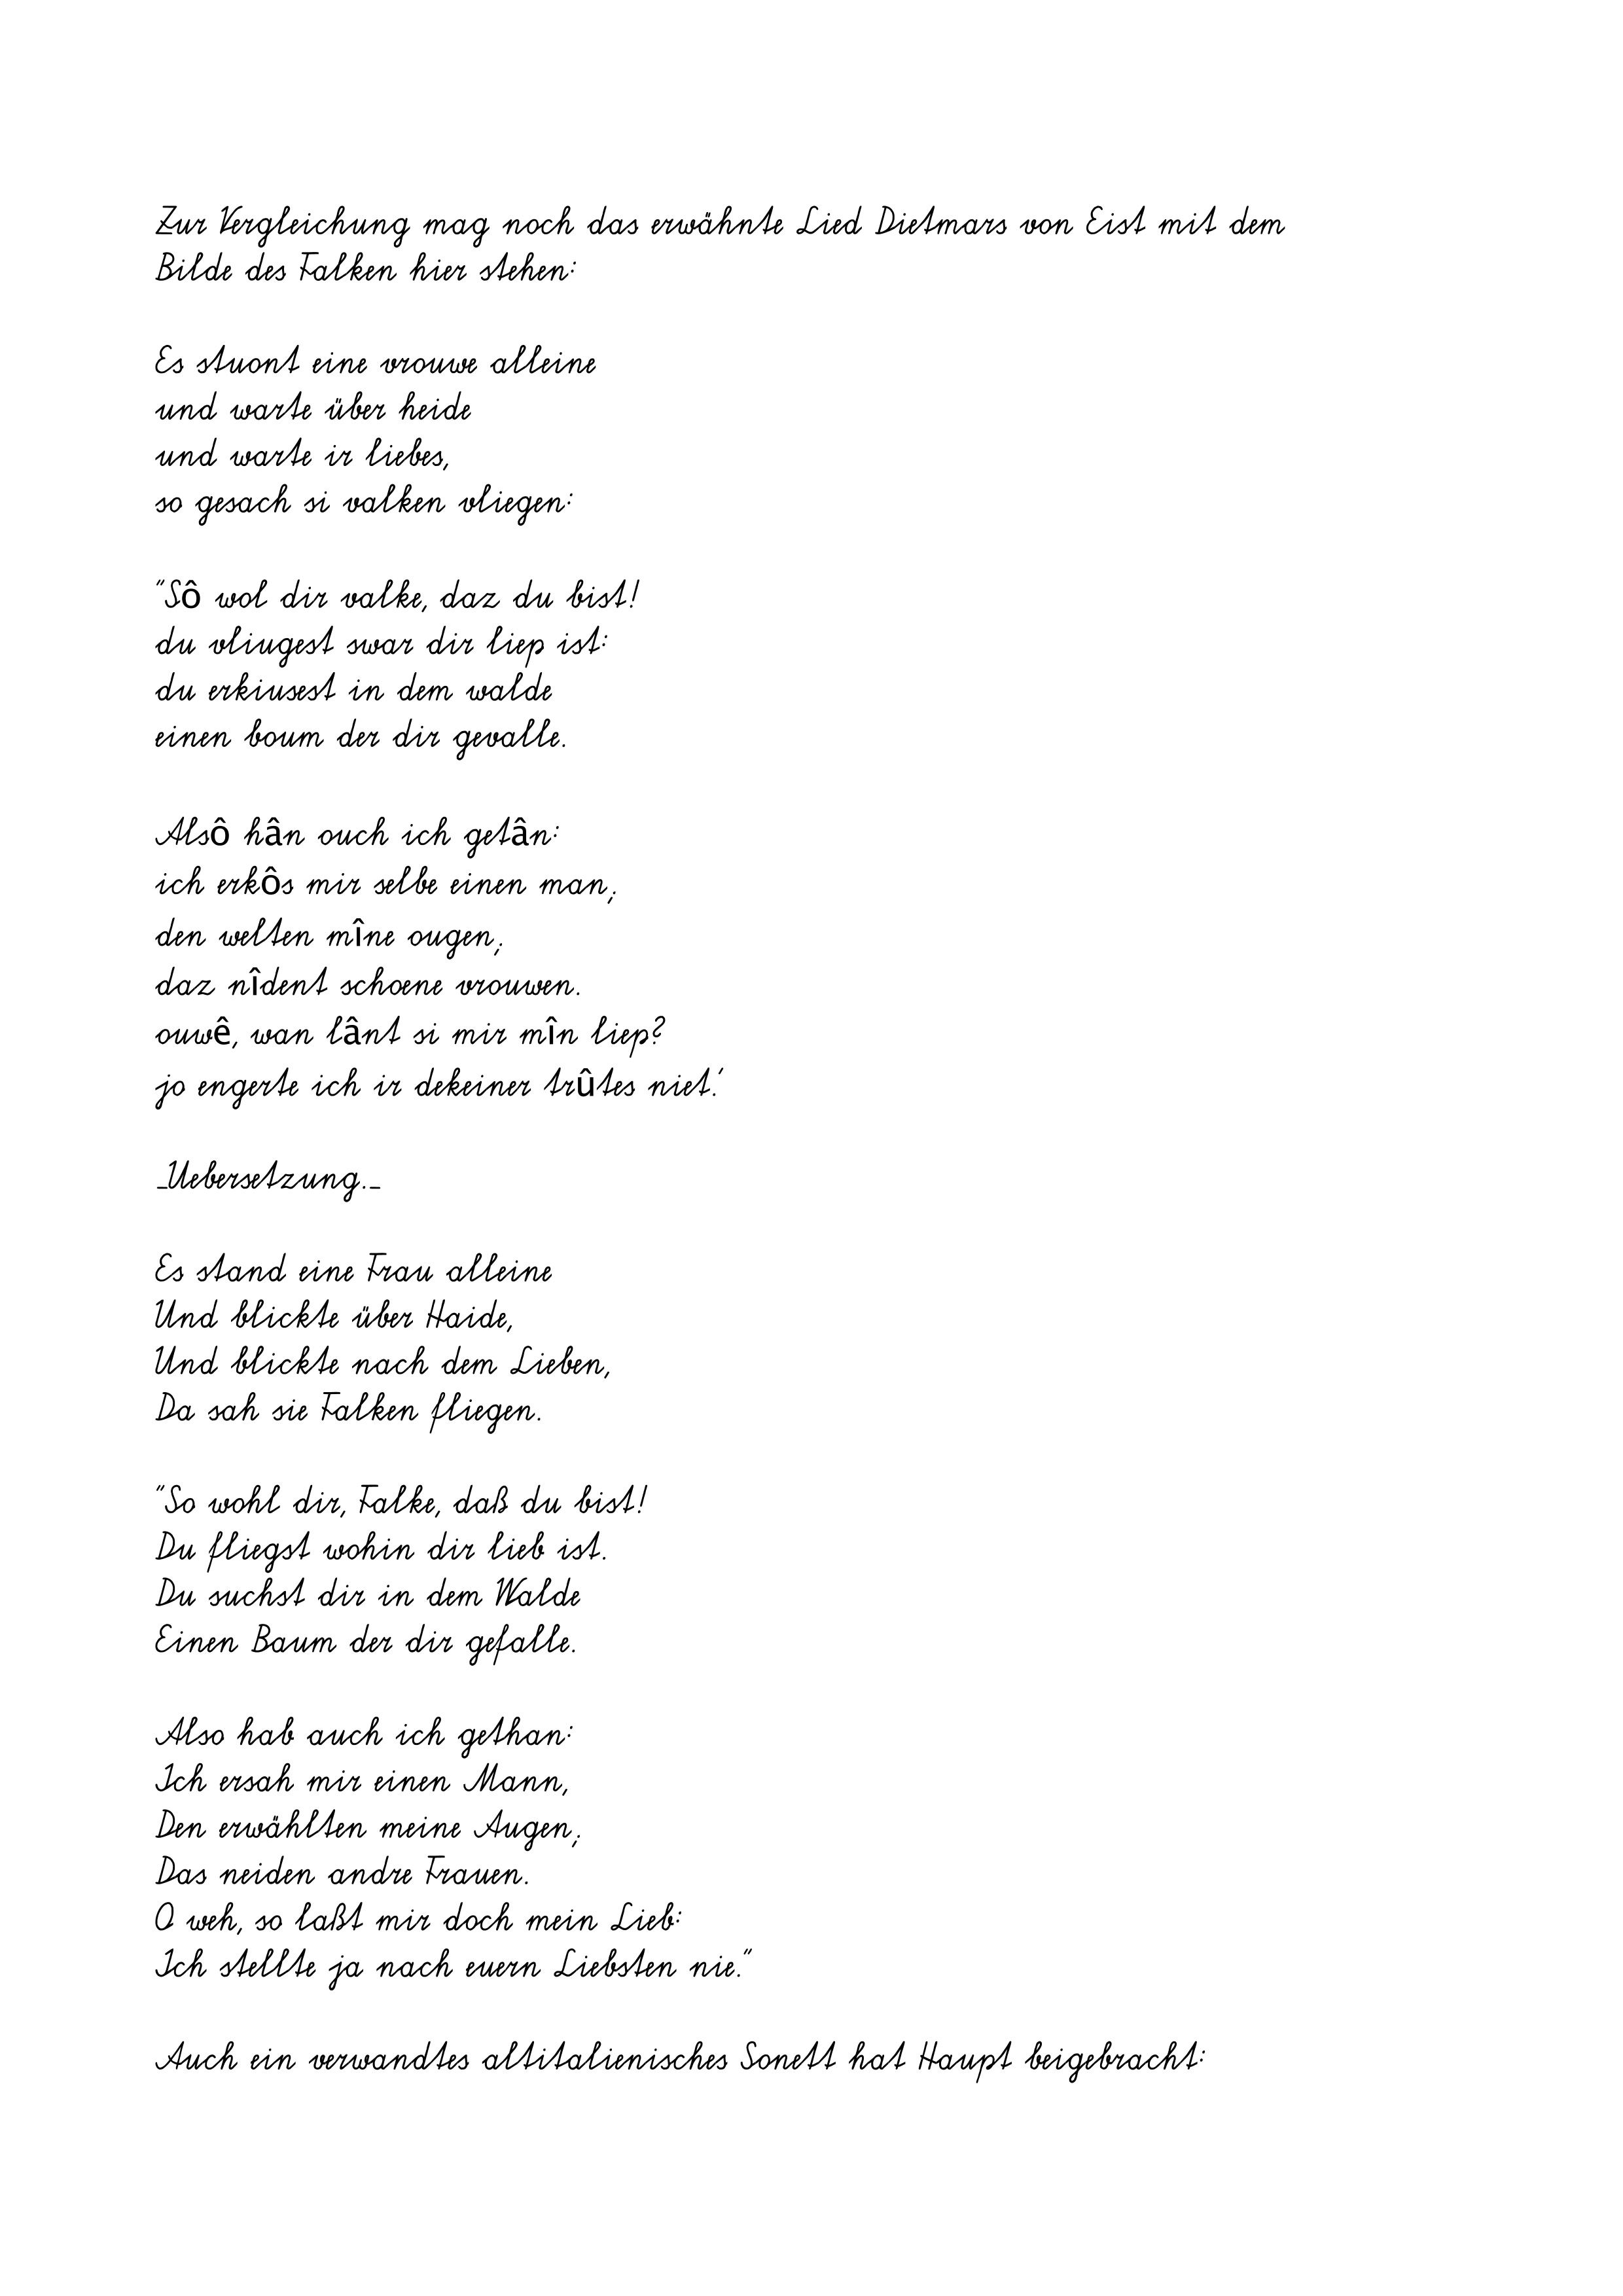
Zur Vergleichung mag noch das erwähnte Lied Dietmars von Eist mit dem
Bilde des Falken hier stehen:
Es stuont eine vrouwe alleine
und warte über heide
und warte ir liebes,
so gesach si valken vliegen:
"Sô wol dir valke, daz du bist!
du vliugest swar dir liep ist:
du erkiusest in dem walde
einen boum der dir gevalle.
Alsô hân ouch ich getân:
ich erkôs mir selbe einen man;
den welten mîne ougen;
daz nîdent schoene vrouwen.
ouwê, wan lânt si mir mîn liep?
jo engerte ich ir dekeiner trûtes niet.'
_Uebersetzung._
Es stand eine Frau alleine
Und blickte über Haide,
Und blickte nach dem Lieben,
Da sah sie Falken fliegen.
"So wohl dir, Falke, daß du bist!
Du fliegst wohin dir lieb ist.
Du suchst dir in dem Walde
Einen Baum der dir gefalle.
Also hab auch ich gethan:
Ich ersah mir einen Mann,
Den erwählten meine Augen;
Das neiden andre Frauen.
O weh, so laßt mir doch mein Lieb:
Ich stellte ja nach euern Liebsten nie."
Auch ein verwandtes altitalienisches Sonett hat Haupt beigebracht: